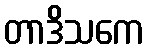
တာဒိသကေ